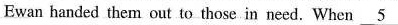
Ewan handed them out to those in need. When \underline{5}